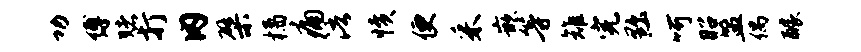
功缚赌打内檗橘痛浯愤便采嵌等雉完黜呵昭盟偶醵